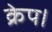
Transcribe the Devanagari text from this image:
क्रेप।